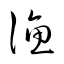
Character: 漁